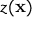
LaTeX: z ( \mathbf { x } )